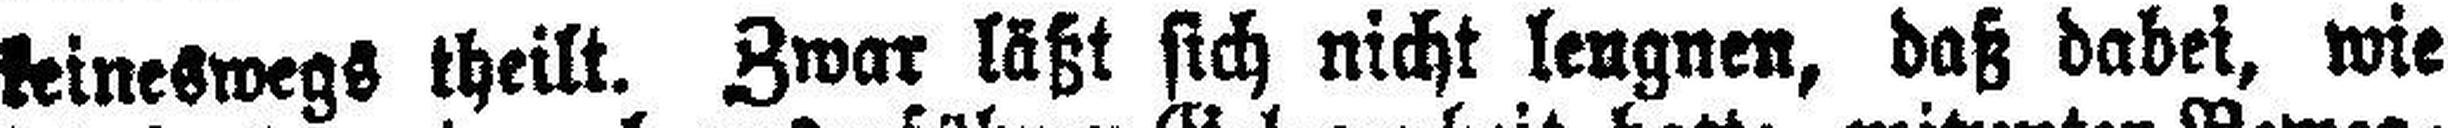
keineswegs theilt. Zwar läßt sich nicht leugnen, daß dabei, wie